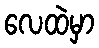
လေထဲမှာ